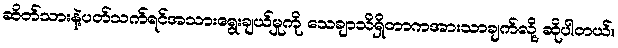
ဆိတ်သားနဲ့ပတ်သက်ရင်အသားရွေးချယ်မှုကို သေချာသိရှိတာကအားသာချက်လို့ ဆိုပါတယ်။